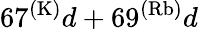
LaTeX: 67^{(\mathrm{K)}}d+69^{(\mathrm{Rb)}}d